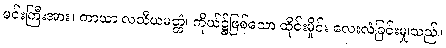
မင်းကြီးအား။ ကာယာ လသီယမတ္တံ၊ ကိုယ်၌ဖြစ်သော ထိုင်းမှိုင်း လေးလံခြင်းမျှသည်။